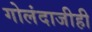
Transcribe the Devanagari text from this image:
गोलंदाजीही